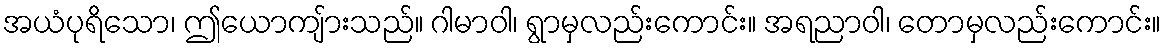
အယံပုရိသော၊ ဤယောကျ်ားသည်။ ဂါမာဝါ၊ ရွာမှလည်းကောင်း။ အရညာဝါ၊ တောမှလည်းကောင်း။